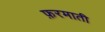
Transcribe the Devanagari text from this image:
फ़रमाती